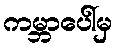
ကမ္ဘာပေါ်မှ